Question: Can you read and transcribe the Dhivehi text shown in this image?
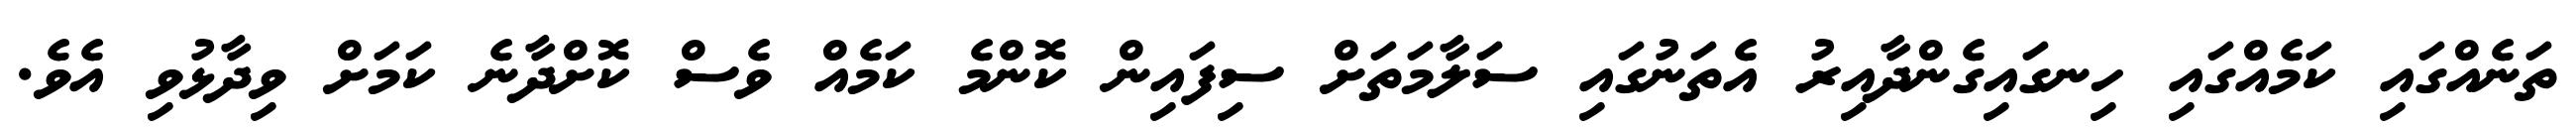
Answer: ތަނެއްގައި ކަމެއްގައި ހިނގައިގެންދާއިރު އެތަނުގައި ސަލާމަތަށް ސިފައިން ކޮންމެ ކަމެއް ވެސް ކޮށްދާނެ ކަމަށް ވިދާޅުވި އެވެ.